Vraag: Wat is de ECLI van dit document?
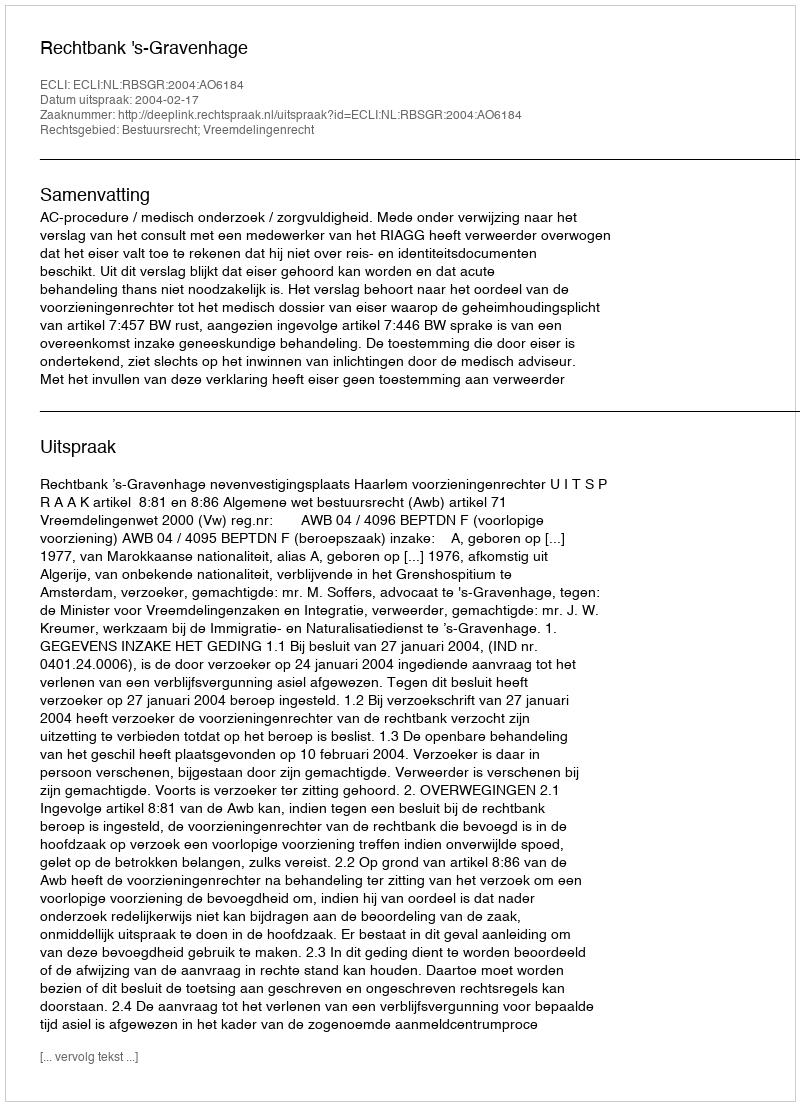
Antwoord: ECLI:NL:RBSGR:2004:AO6184